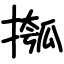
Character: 摦